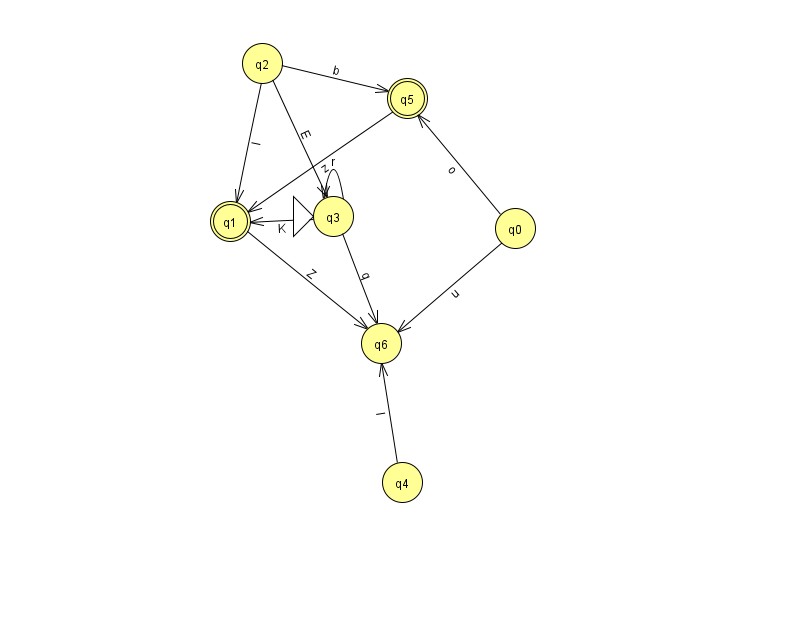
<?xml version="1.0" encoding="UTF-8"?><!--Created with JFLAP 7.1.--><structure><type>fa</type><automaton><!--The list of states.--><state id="0" name="q0"><x>515.0</x><y>215.0</y></state><state id="1" name="q1"><x>230.0</x><y>208.0</y><final/></state><state id="2" name="q2"><x>262.0</x><y>50.0</y></state><state id="3" name="q3"><x>333.0</x><y>203.0</y><initial/></state><state id="4" name="q4"><x>402.0</x><y>469.0</y></state><state id="5" name="q5"><x>407.0</x><y>85.0</y><final/></state><state id="6" name="q6"><x>381.0</x><y>330.0</y></state><!--The list of transitions.--><transition><from>0</from><to>6</to><read>u</read></transition><transition><from>3</from><to>1</to><read>K</read></transition><transition><from>3</from><to>3</to><read>r</read></transition><transition><from>2</from><to>1</to><read>I</read></transition><transition><from>2</from><to>3</to><read>E</read></transition><transition><from>5</from><to>1</to><read>z</read></transition><transition><from>2</from><to>5</to><read>b</read></transition><transition><from>4</from><to>6</to><read>I</read></transition><transition><from>1</from><to>6</to><read>Z</read></transition><transition><from>3</from><to>6</to><read>q</read></transition><transition><from>0</from><to>5</to><read>o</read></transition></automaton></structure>